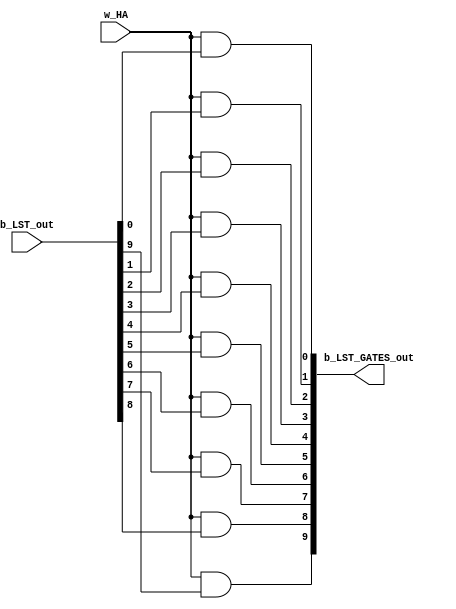
// LST Gates - controls the flow of data from the L Staticisor
module _LST_GATES #(parameter N=10) (input w_HA, input [N-1:0] b_LST_out,
	output [N-1:0] b_LST_GATES_out);

	genvar i;
	generate for (i=0; i<N; i=i+1)
		assign b_LST_GATES_out[i] = w_HA & b_LST_out[i];
	endgenerate

endmodule

module _JUNCTION #(parameter WIDTH = 40) (input [0:WIDTH-1] data_in_1, input [0:WIDTH-1] data_in_2,
	output [0:WIDTH-1] data_out);

	genvar i;
	generate for (i=0; i<WIDTH; i=i+1)
		assign data_out[i] = data_in_1[i] | data_in_2[i];
	endgenerate
endmodule

module _GATE #(parameter WIDTH = 40) (input gate, input [0:WIDTH-1] data_in,
	output [0:WIDTH-1] data_out);

	genvar i;
	generate for (i=0; i<WIDTH; i=i+1)
		assign data_out[i] = gate & data_in[i];
	endgenerate
endmodule

module _GATEARRAY #(parameter WIDTH = 40) (input [0:WIDTH-1] gate, input [0:WIDTH-1] data_in,
	output [0:WIDTH-1] data_out);

	genvar i;
	generate for (i=0; i<WIDTH; i=i+1)
		assign data_out[i] = gate[i] & data_in[i];
	endgenerate
endmodule


// SEG - S Erase Waveform Generator
module _SEG #(parameter INST_STA = 6'b010100, parameter LINE_LENGTH = 40,
	parameter INSTR_FUNCTION_BITS = 6)
	(input w_PARA_ACTION, input [0:INSTR_FUNCTION_BITS-1] b_FST, input w_KLC, input w_HA,
	output [0:LINE_LENGTH-1] b_SE);


	genvar i;
	generate for (i=0; i<LINE_LENGTH; i=i+1)
		assign b_SE[i] = (~w_PARA_ACTION & (b_FST == INST_STA)) | (w_KLC & w_HA);
	endgenerate
endmodule


// ACEG - Accumulator and Control Logic Erase Waveform Generator
module _ACEG #( parameter INST_JMP = 6'b000101, parameter INST_LDA = 6'b100000,
	parameter INST_Z = 6'b100100, parameter INST_NEG = 6'b110110,
	parameter INST_SHR = 6'b111110, parameter INST_HLT = 6'b111111,
	parameter INSTR_FUNCTION_BITS = 6)
	(input w_PARA_ACTION, input [0:INSTR_FUNCTION_BITS-1] b_FST,
	output w_ACEG);
	
	assign w_ACEG = ~w_PARA_ACTION &
			(b_FST == INST_JMP |
			b_FST == INST_LDA |
			b_FST == INST_Z | 
			b_FST == INST_NEG | 
			b_FST == INST_SHR |
			b_FST == INST_HLT);
endmodule
	

// OTG -  Outward Transfer Gate
// Controls the flow of data from the Main Store
module _OTG #(parameter INSTR_FUNCTION_BITS = 6,
	parameter INST_LDA = 6'b100000, parameter INST_ADD = 6'b101100, parameter INST_SUB = 6'b100110,
	parameter INST_NEG = 6'b110110, parameter INST_SHR = 6'b111110,
	parameter LINE_LENGTH = 40)
	(input [0:LINE_LENGTH-1] b_MS_DATA_OUT, input [0:INSTR_FUNCTION_BITS-1] b_FST,
	input w_PARA_ACTION,
	output [0:LINE_LENGTH-1] b_A_DATA_IN);

	genvar i;
	generate for (i=0; i<LINE_LENGTH; i=i+1)
		assign b_A_DATA_IN[i] = b_MS_DATA_OUT[i] & ~w_PARA_ACTION &
			(b_FST == INST_LDA |
			b_FST == INST_ADD |
			b_FST == INST_SUB |
			b_FST == INST_NEG |
			b_FST == INST_SHR);
	endgenerate
endmodule


// TU - Test Unit
// Instructs CL 

/*

module _OTG (input w_PARA_ACTION, input w_MS_DATA_OUT, input w_INSTR_0_14, input w_INSTR_0_15, output w_ITG_DATA_OUT);
	assign w_ITG_DATA_OUT = w_MS_DATA_OUT & ~w_PARA_ACTION & w_INSTR_0_14 & w_INSTR_0_15;
endmodule




// S Erase Waveform Generator - 
module _SEG (input w_ACTION_PARA_WF, input w_INSTR_1_13, input w_INSTR_1_14, input w_INSTR_0_15, output w_S_ERASE_WF);
	assign w_S_ERASE_WF = ~w_ACTION_PARA_WF & w_INSTR_1_13 & w_INSTR_1_14 & w_INSTR_0_15;
endmodule
 

// Instruction Gate
module _IG (input w_INSTR_GATE, input w_CL_DATA_OUT, output w_IG_DATA_OUT);
	assign w_IG_DATA_OUT = ~w_INSTR_GATE & w_CL_DATA_OUT;
endmodule

// Test Unit
module _TU #(parameter INSTR_BITS = 20) (input [INSTR_BITS-1:0] w_PS, input w_ACTION_TRIGGER, input w_PARA_S1, input w_INSTR_0_13, input w_INSTR_1_14, input w_INSTR_1_15, input w_CLK, output w_TU_OUT);
	reg scan2 = 0;		// State flips each SCAN beat, therefore high during SCAN2 beats in
				// automatic operation
	reg trigger50 = 0;
	reg prev_action_trigger = 0;

	wire gate53;
	wire gate52;

	always @ (negedge w_ACTION_TRIGGER) begin
		scan2 <= ~scan2;
	end

	always @ (posedge w_CLK) begin
		// If the final bit is a 1, and the FST bits are set
		// appropriately, set the trigger
		if (w_INSTR_0_13 & w_INSTR_1_14 & w_INSTR_1_15 & w_PS[INSTR_BITS-1]) begin
			trigger50 <= 1;
		end

		// If at the end of SCAN1, reset the trigger
		else if (w_ACTION_TRIGGER & ~scan2) begin
			trigger50 <= 0;
		end

		
	end

	assign gate53 = ~trigger50 & w_PS[0];
	assign gate52 = trigger50 & w_PS[1];

	assign w_TU_OUT = gate52 | gate53;

endmodule
*/